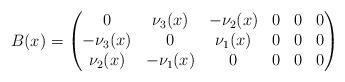
LaTeX: \begin{align*} B(x) = \begin{pmatrix} 0 &\nu_3(x) &-\nu_2(x) &0 &0 &0 \\ -\nu_3(x) &0 &\nu_1(x) &0 &0 &0 \\ \nu_2(x) &-\nu_1(x) &0 &0 &0 &0 \end{pmatrix} \end{align*}